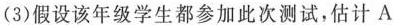
(3)假设该年级学生都参加此次测试，估计A